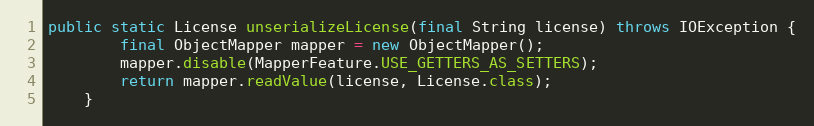
Language: Java
public static License unserializeLicense(final String license) throws IOException {
		final ObjectMapper mapper = new ObjectMapper();
        mapper.disable(MapperFeature.USE_GETTERS_AS_SETTERS);
		return mapper.readValue(license, License.class);
	}